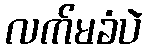
လက်မခံပဲ